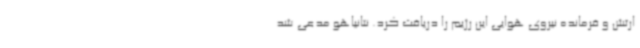
ارتش و فرمانده نیروی هوایی این رژیم را دریافت کرد. نتانیاهو مدعی شد